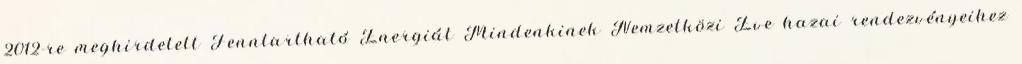
2012-re meghirdetett Fenntartható Energiát Mindenkinek Nemzetközi Éve hazai rendezvényeihez